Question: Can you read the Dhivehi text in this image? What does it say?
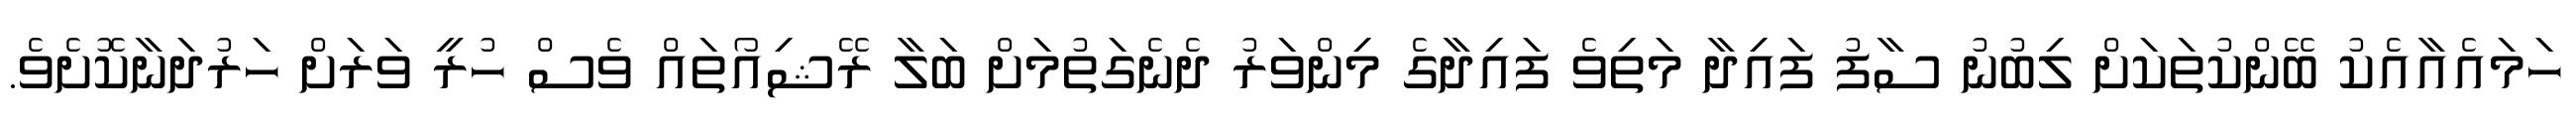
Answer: ހަމައެއާއެކު ބޭންކުތަކަށް ލިބުނު ސާފު ފައިދާ މަތިވެ ފައިދާގެ މިންވަރު ދެނެގަތުމަށް ބަލާ ރޭޝިއޯތައް ވެސް ހުރީ ވަރަށް ހަރުދަނާކޮށެވެ.